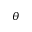
\theta